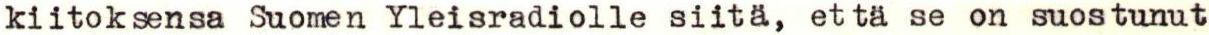
kiitoksensa Suomen Yleisradiolle siitä, että se on suostunut